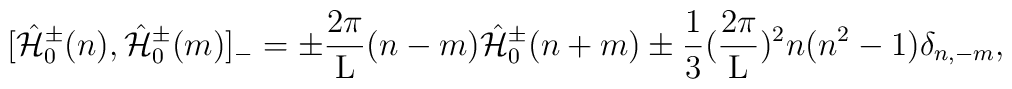
[\hat{\cal H}_{0}^{\pm}(n), \hat{\cal H}_{0}^{\pm}(m)]_{-} =\pm \frac{2\pi}{\rm L} (n-m) \hat{\cal H}_{0}^{\pm}(n+m)\pm \frac{1}{3} (\frac{2\pi}{\rm L})^2 n(n^2-1) \delta_{n,-m}, \\